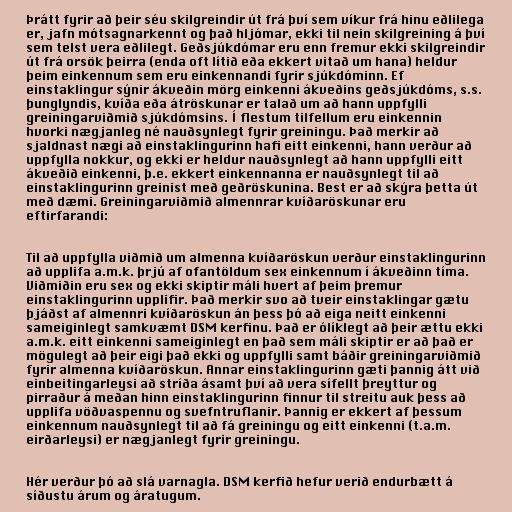
Þrátt fyrir að þeir séu skilgreindir út frá því sem víkur frá hinu eðlilega
er, jafn mótsagnarkennt og það hljómar, ekki til nein skilgreining á því
sem telst vera eðlilegt. Geðsjúkdómar eru enn fremur ekki skilgreindir
út frá orsök þeirra (enda oft lítið eða ekkert vitað um hana) heldur
þeim einkennum sem eru einkennandi fyrir sjúkdóminn. Ef
einstaklingur sýnir ákveðin mörg einkenni ákveðins geðsjúkdóms, s.s.
þunglyndis, kvíða eða átröskunar er talað um að hann uppfylli
greiningarviðmið sjúkdómsins. Í flestum tilfellum eru einkennin
hvorki nægjanleg né nauðsynlegt fyrir greiningu. Það merkir að
sjaldnast nægi að einstaklingurinn hafi eitt einkenni, hann verður að
uppfylla nokkur, og ekki er heldur nauðsynlegt að hann uppfylli eitt
ákveðið einkenni, þ.e. ekkert einkennanna er nauðsynlegt til að
einstaklingurinn greinist með geðröskunina. Best er að skýra þetta út
með dæmi. Greiningarviðmið almennrar kvíðaröskunar eru
eftirfarandi:

Til að uppfylla viðmið um almenna kvíðaröskun verður einstaklingurinn
að upplifa a.m.k. þrjú af ofantöldum sex einkennum í ákveðinn tíma.
Viðmiðin eru sex og ekki skiptir máli hvert af þeim þremur
einstaklingurinn upplifir. Það merkir svo að tveir einstaklingar gætu
þjáðst af almennri kvíðaröskun án þess þó að eiga neitt einkenni
sameiginlegt samkvæmt DSM kerfinu. Það er ólíklegt að þeir ættu ekki
a.m.k. eitt einkenni sameiginlegt en það sem máli skiptir er að það er
mögulegt að þeir eigi það ekki og uppfylli samt báðir greiningarviðmið
fyrir almenna kvíðaröskun. Annar einstaklingurinn gæti þannig átt við
einbeitingarleysi að stríða ásamt því að vera sífellt þreyttur og
pirraður á meðan hinn einstaklingurinn finnur til streitu auk þess að
upplifa vöðvaspennu og svefntruflanir. Þannig er ekkert af þessum
einkennum nauðsynlegt til að fá greiningu og eitt einkenni (t.a.m.
eirðarleysi) er nægjanlegt fyrir greiningu.

Hér verður þó að slá varnagla. DSM kerfið hefur verið endurbætt á
síðustu árum og áratugum.